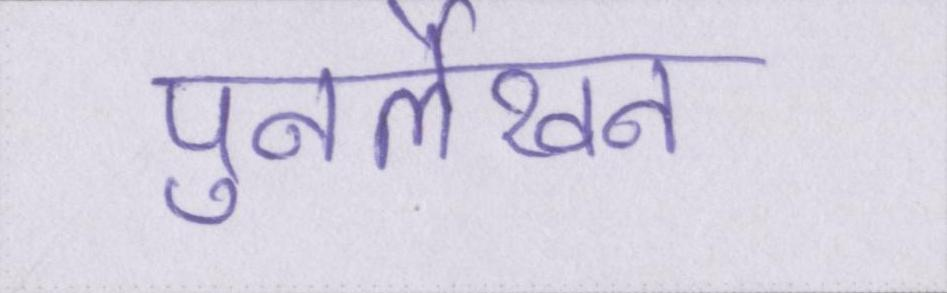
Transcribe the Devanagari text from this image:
पुनर्लेखन